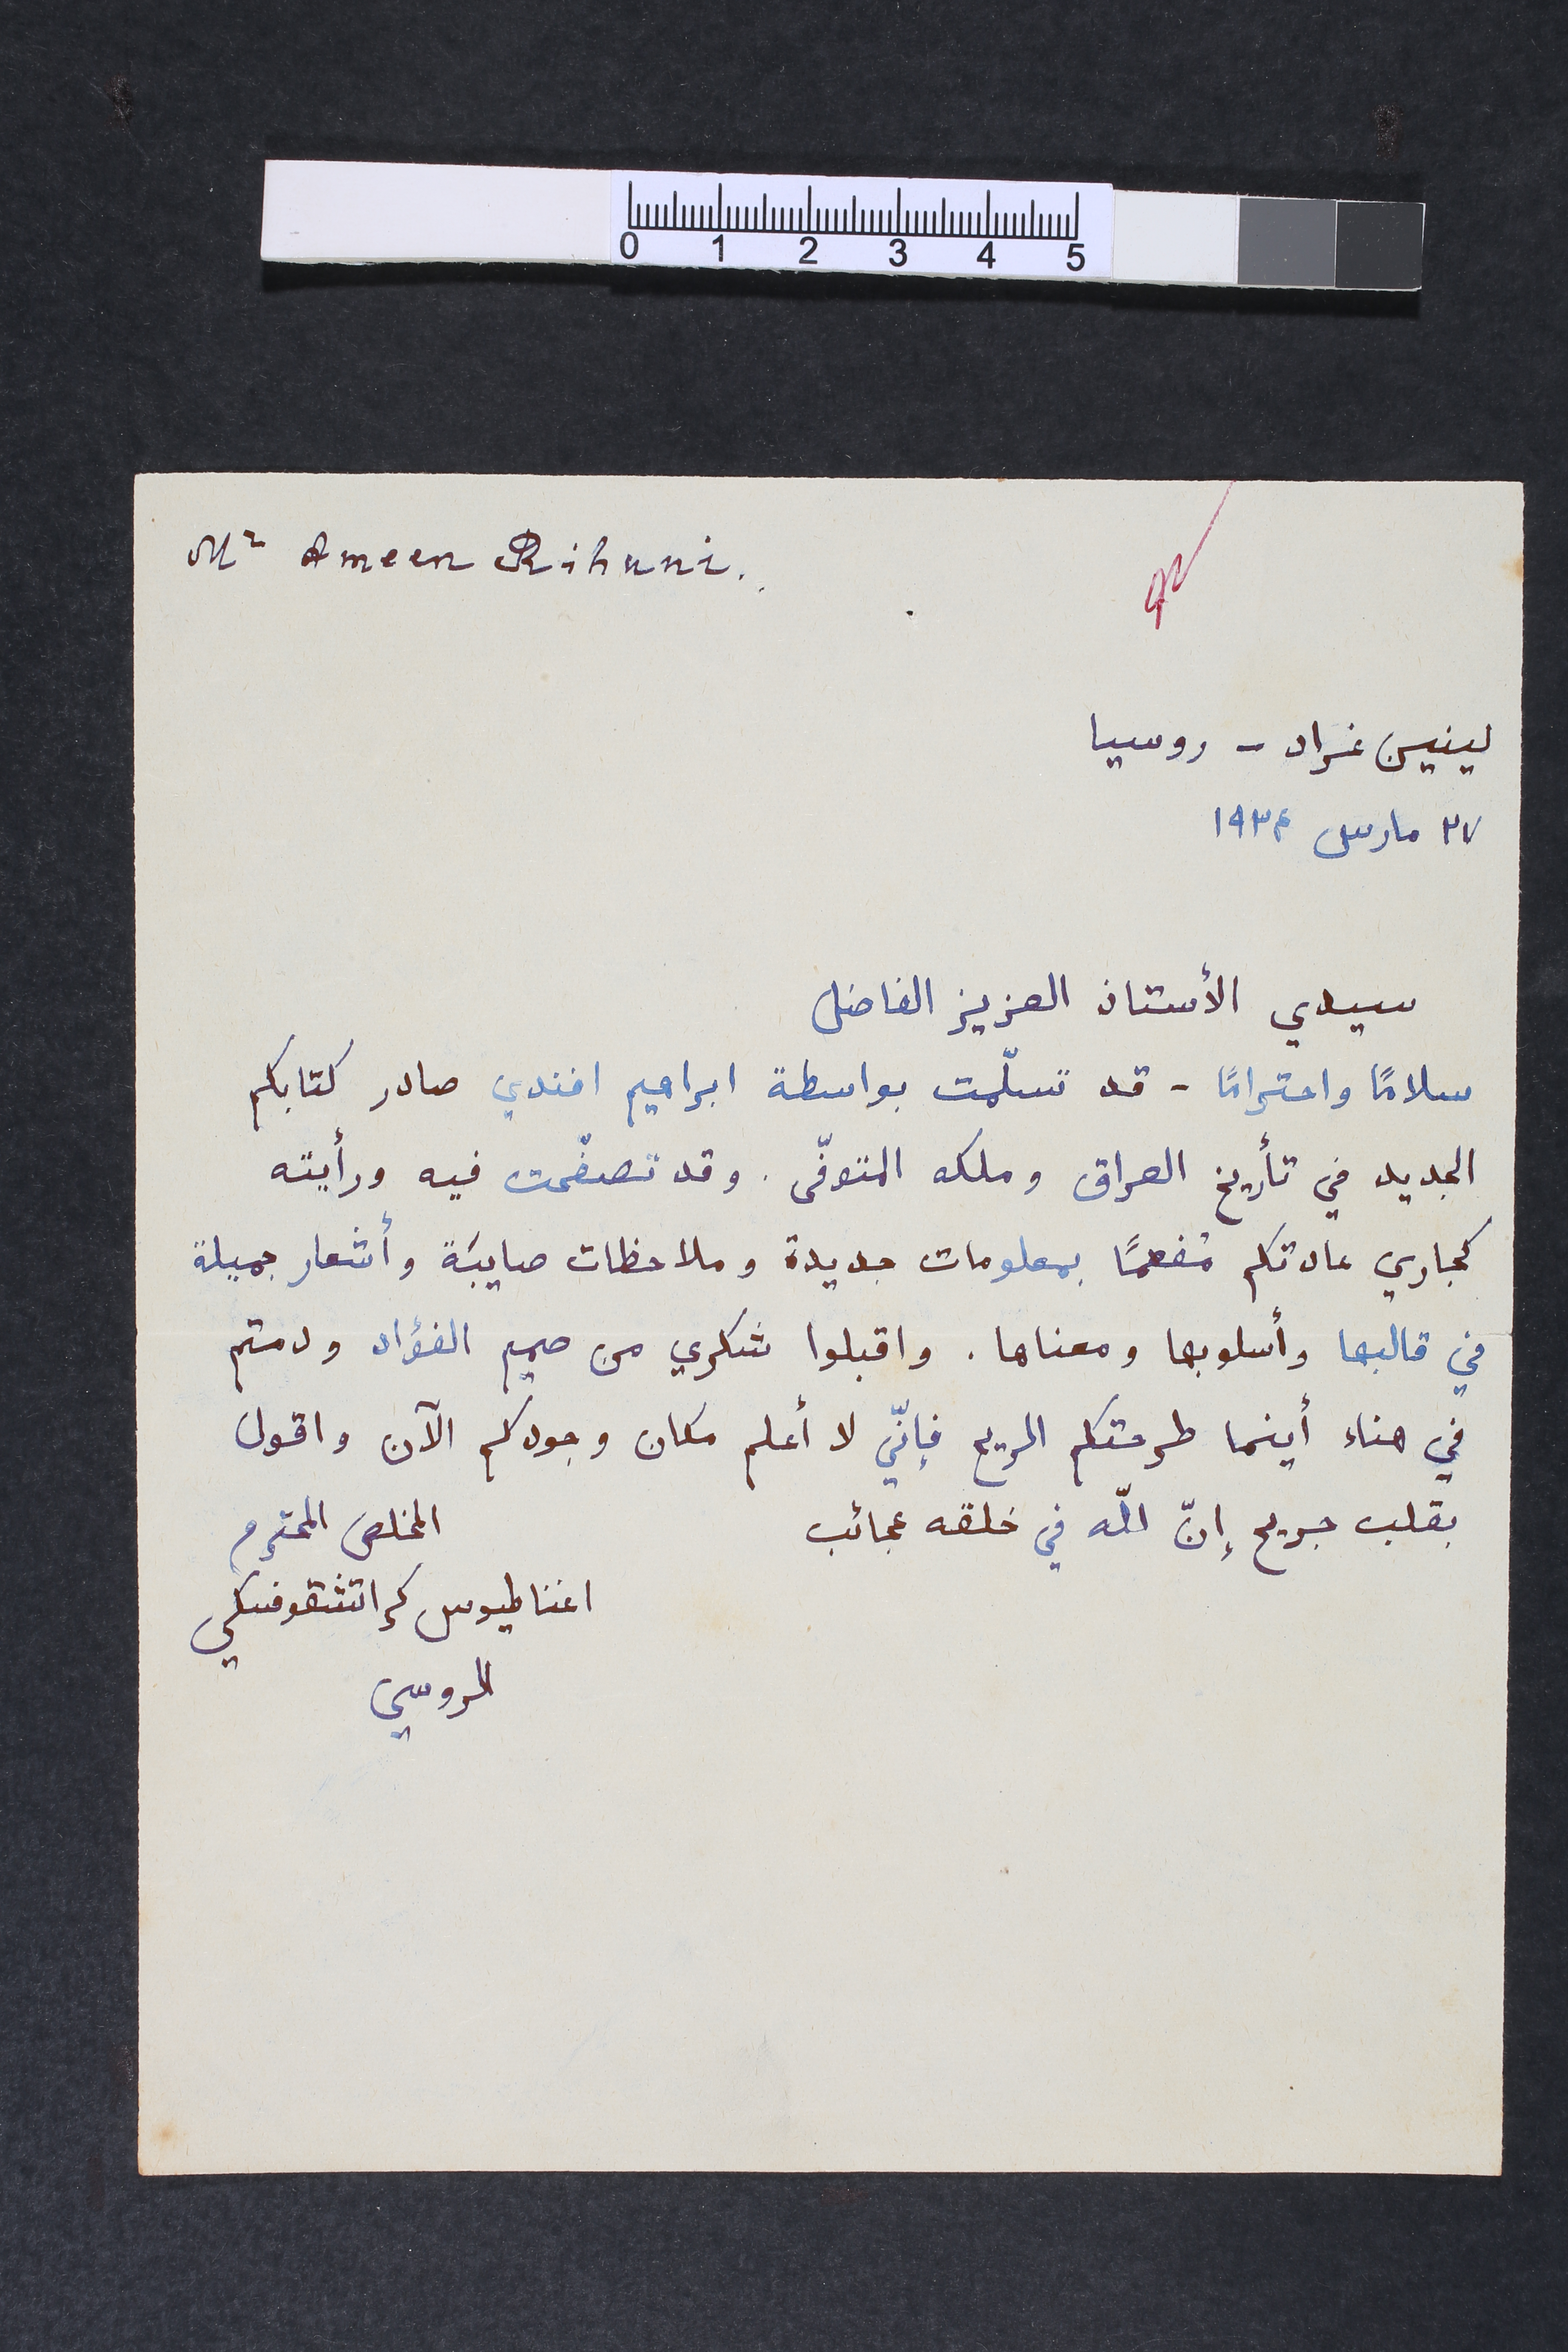
لينين غراد - روسيا
٢٧ مارس ١٩٣٤
سيدي الأستاذ العزيز الفاضل
سلامًا واحترامًا - قد تسلّمت بواسطة ابراهيم افندي صادر كتابكم
الجديد في تأريخ العراق وملكه المتوفّى. وقد تصفحت فيه ورأيته
كجاري عادتكم مُفعمًا بمعلومات جديدة وملاحظات صايبَة وأشعار جميلة
في قالبها وأسلوبها ومعناها. واقبلوا شكري من صميم الفؤاد ودمتم
في هناء أينما طرحتكم الريح فإنّي لا أعلم مكان وجودكم الآن واقول
بقلب جريح إنّ لله في خلقه عجائب
المخلص المحترم
اغناطيوس كراتشقوفسكي
الروسي
Mr Ameen Rihani